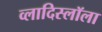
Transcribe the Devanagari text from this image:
व्लादिस्लॉला